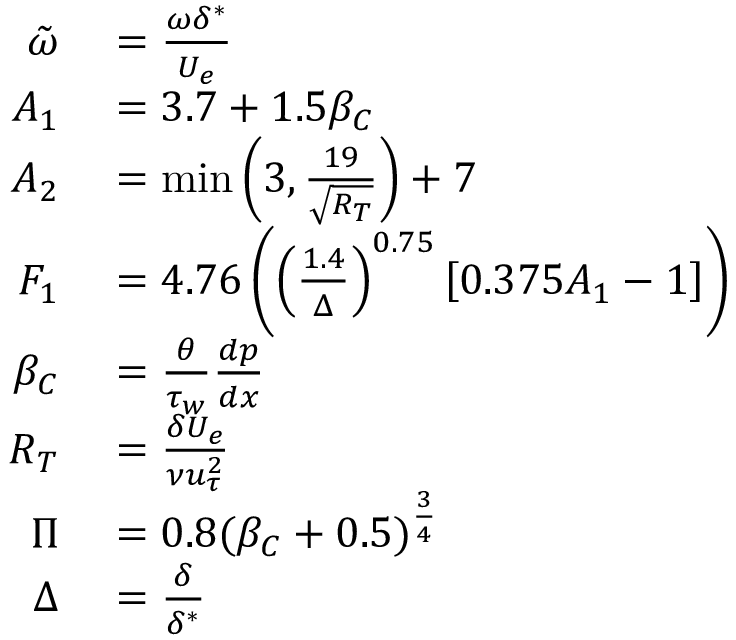
\begin{array} { r l } { \tilde { \omega } } & { { } = \frac { \omega \delta ^ { * } } { U _ { e } } } \\ { A _ { 1 } } & { { } = 3 . 7 + 1 . 5 \beta _ { C } } \\ { A _ { 2 } } & { { } = \operatorname* { m i n } \left( 3 , \frac { 1 9 } { \sqrt { R _ { T } } } \right) + 7 } \\ { F _ { 1 } } & { { } = 4 . 7 6 \left( \left( \frac { 1 . 4 } { \Delta } \right) ^ { 0 . 7 5 } \left[ 0 . 3 7 5 A _ { 1 } - 1 \right] \right) } \\ { \beta _ { C } } & { { } = \frac { \theta } { \tau _ { w } } \frac { d p } { d x } } \\ { R _ { T } } & { { } = \frac { \delta U _ { e } } { \nu u _ { \tau } ^ { 2 } } } \\ { \Pi } & { { } = 0 . 8 ( \beta _ { C } + 0 . 5 ) ^ { \frac { 3 } { 4 } } } \\ { \Delta } & { { } = \frac { \delta } { \delta ^ { * } } } \end{array}